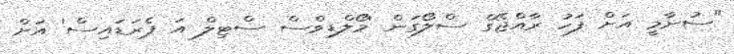
"ސުނާމީ އަށް ފަހު ރާއްޖޭގެ ސްލޯގަން 'މޯލްޑިވްސް ސްޓިލް އަ ޕެރަޑައިސް' އަށް